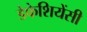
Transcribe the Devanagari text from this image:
डेफेशियेंसी